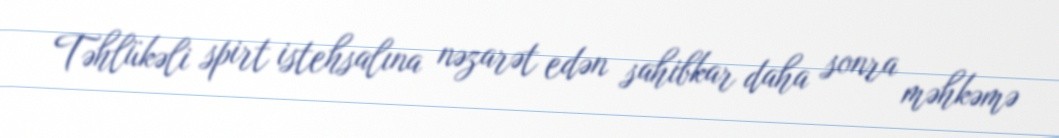
Təhlükəli spirt istehsalına nəzarət edən sahibkar daha sonra məhkəmə